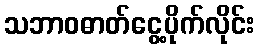
သဘာဝဓာတ်ငွေ့ပိုက်လိုင်း